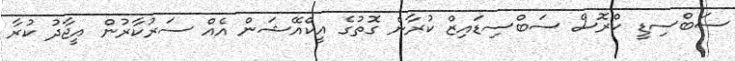
ސަބްސިޑީ ކްރޮސް ސަބްސިޑައިޒް ކުރާނެ ގޮތުގެ އީކްއޭޝަން އެއް ސަރުކާރުން އީޖާދު ކުރާ